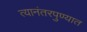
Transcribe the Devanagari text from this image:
त्यानंतरपुण्यात